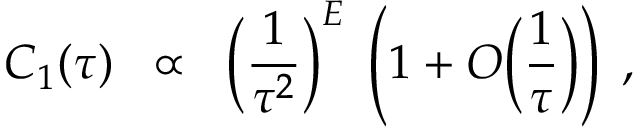
C _ { 1 } ( \tau ) \; \; \propto \; \; \Big ( \frac { 1 } { \tau ^ { 2 } } \Big ) ^ { E } \; \left( 1 + O \Big ( \frac { 1 } { \tau } \Big ) \right) \; ,